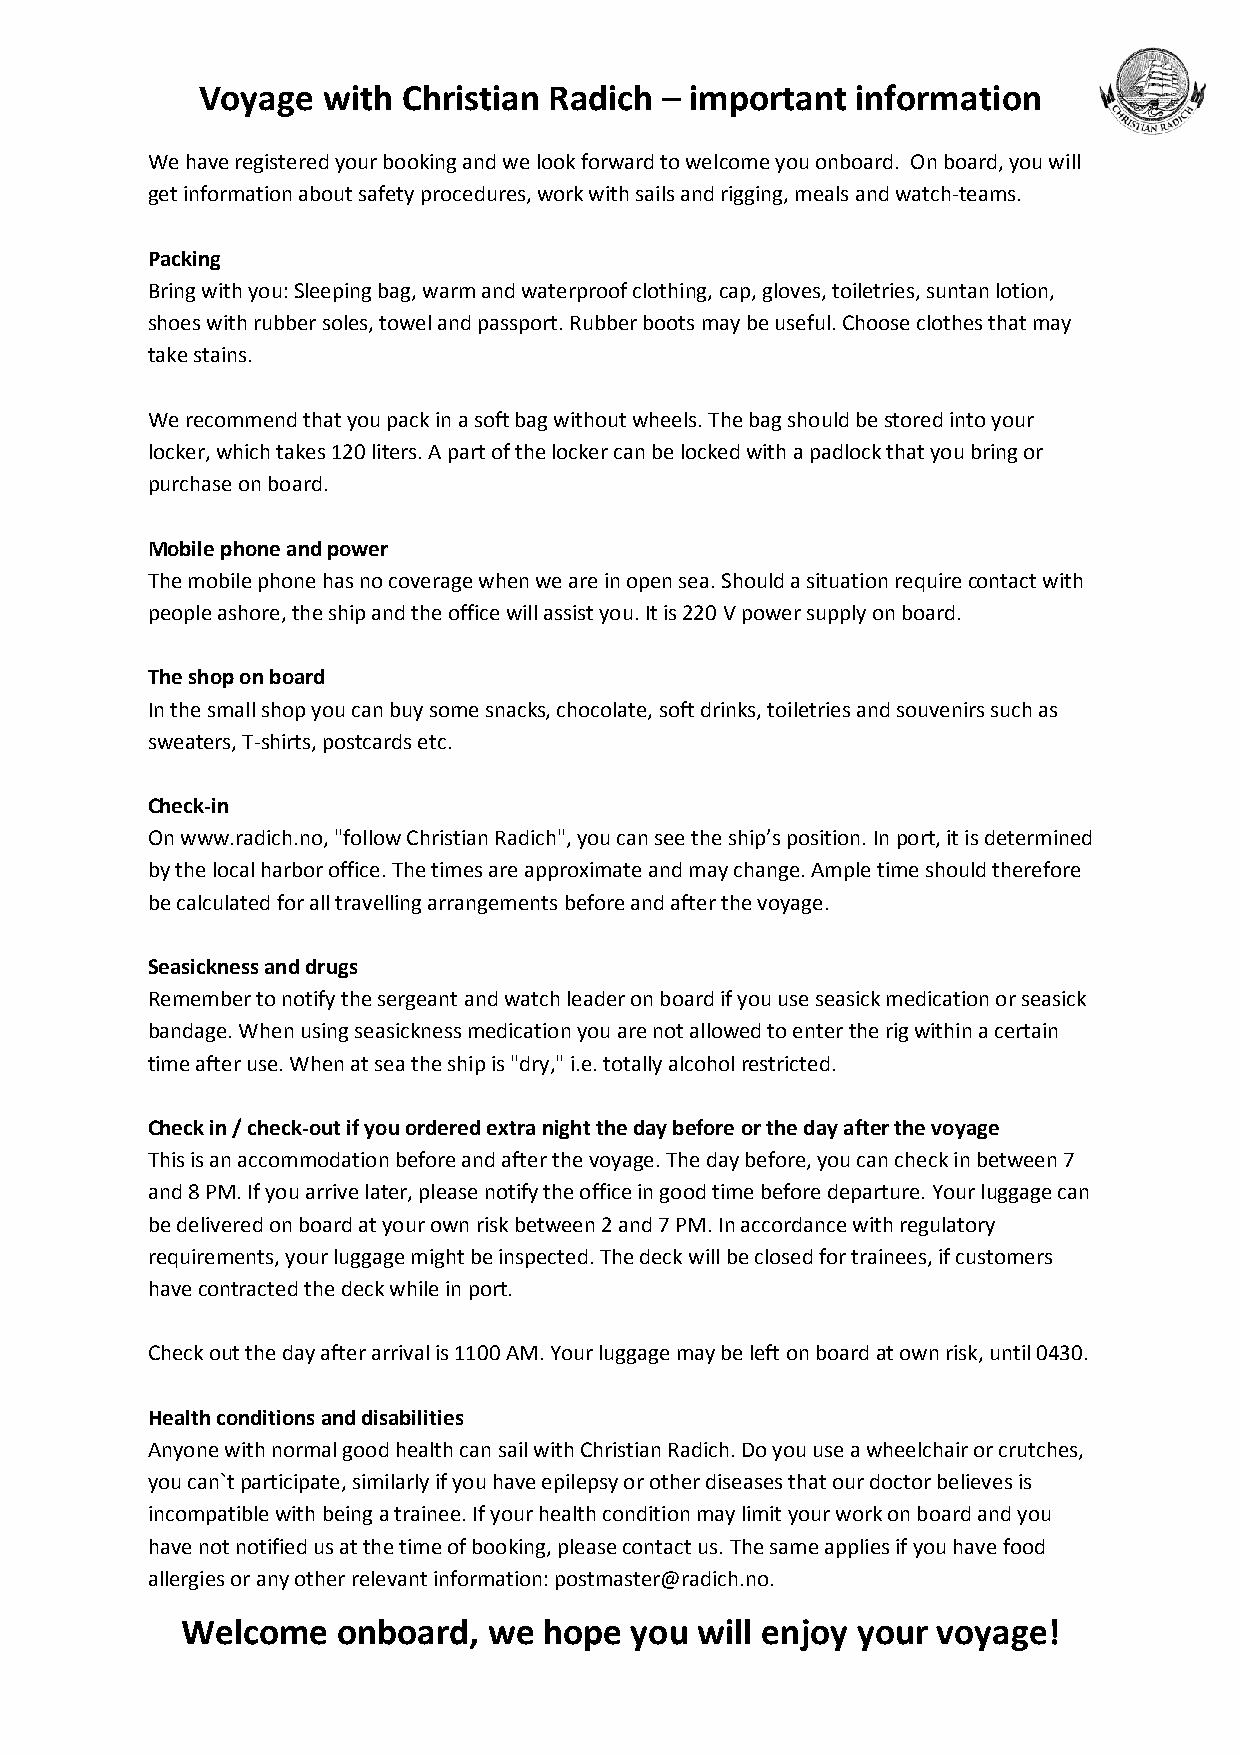
Voyage  with  Christian Radich – important  information
 We have registered your booking and we look forward to welcome you onboard. On board, you will
 get information about safety procedures, work with sails and rigging, meals and watch-teams.
 Packing
 Bring with you: Sleeping bag, warm and waterproof clothing, cap, gloves, toiletries, suntan lotion,
 shoes with rubber soles, towel and passport. Rubber boots may be useful. Choose clothes that may
 take stains.
 We recommend that you pack in a soft bag without wheels. The bag should be stored into your
 locker, which takes 120 liters. A part of the locker can be locked with a padlock that you bring or
 purchase on board.
 Mobile phone and power
 The mobile phone has no coverage when we are in open sea. Should a situation require contact with
 people ashore, the ship and the office will assist you. It is 220 V power supply on board.
 The shop on board
 In the small shop you can buy some snacks, chocolate, soft drinks, toiletries and souvenirs such as
 sweaters, T-shirts, postcards etc.
 Check-in
 On www.radich.no, "follow Christian Radich", you can see the ship’s position. In port, it is determined
 by the local harbor office. The times are approximate and may change. Ample time should therefore
 be calculated for all travelling arrangements before and after the voyage.
 Seasickness and drugs
 Remember to notify the sergeant and watch leader on board if you use seasick medication or seasick
 bandage. When using seasickness medication you are not allowed to enter the rig within a certain
 time after use. When at sea the ship is "dry," i.e. totally alcohol restricted.
 Check in / check-out if you ordered extra night the day before or the day after the voyage
 This is an accommodation before and after the voyage. The day before, you can check in between 7
 and 8 PM. If you arrive later, please notify the office in good time before departure. Your luggage can
 be delivered on board at your own risk between 2 and 7 PM. In accordance with regulatory
 requirements, your luggage might be inspected. The deck will be closed for trainees, if customers
 have contracted the deck while in port.
 Check out the day after arrival is 1100 AM. Your luggage may be left on board at own risk, until 0430.
 Health conditions and disabilities
 Anyone with normal good health can sail with Christian Radich. Do you use a wheelchair or crutches,
 you can`t participate, similarly if you have epilepsy or other diseases that our doctor believes is
 incompatible with being a trainee. If your health condition may limit your work on board and you
 have not notified us at the time of booking, please contact us. The same applies if you have food
 allergies or any other relevant information: postmaster@radich.no.
 Welcome   onboard,  we  hope  you will enjoy your voyage!